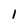
Character: 1